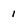
Character: i